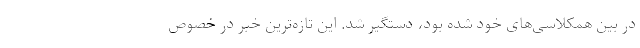
در بین همکلاسی‌های خود شده بود، دستگیر شد. این تازه‌ترین خبر در خصوص